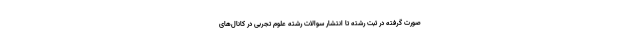
صورت گرفته در ثبت رشته تا انتشار سوالات رشته علوم تجربی در کانال‌های